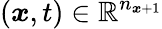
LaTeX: (\boldsymbol{x},t)\in\mathbb{R}^{n_{\boldsymbol{x}+1}}